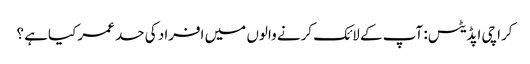
کراچی اپڈیٹس: آپ کے لائک کرنے والوں میں افراد کی حد عمر کیاہے ؟